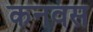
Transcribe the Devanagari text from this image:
कनवस